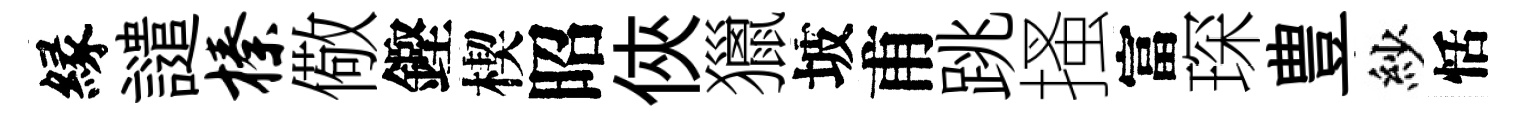
縁譴榛儆鏗楔昭俠獵坡甫跳搔富琛豊紗恬